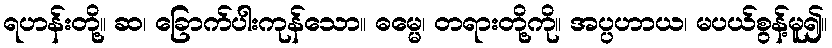
ရဟန်းတို့။ ဆ၊ ခြောက်ပါးကုန်သော။ ဓမ္မေ၊ တရားတို့ကို။ အပ္ပဟာယ၊ မပယ်စွန့်မူ၍။